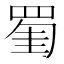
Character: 𦋅